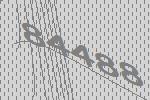
84488